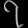
Digit: ၇